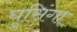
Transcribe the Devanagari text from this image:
घुसिंगा